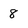
Character: 8